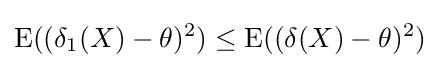
\operatorname {E} ((\delta _{1}(X)-\theta )^{2})\leq \operatorname {E} ((\delta (X)-\theta )^{2})